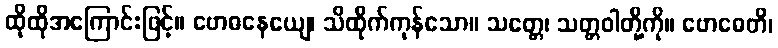
ထိုထိုအကြောင်းဖြင့်။ ဗောဓနေယျေ၊ သိထိုက်ကုန်သော။ သတ္တေ၊ သတ္တဝါတို့ကို။ ဗောဓေတိ၊